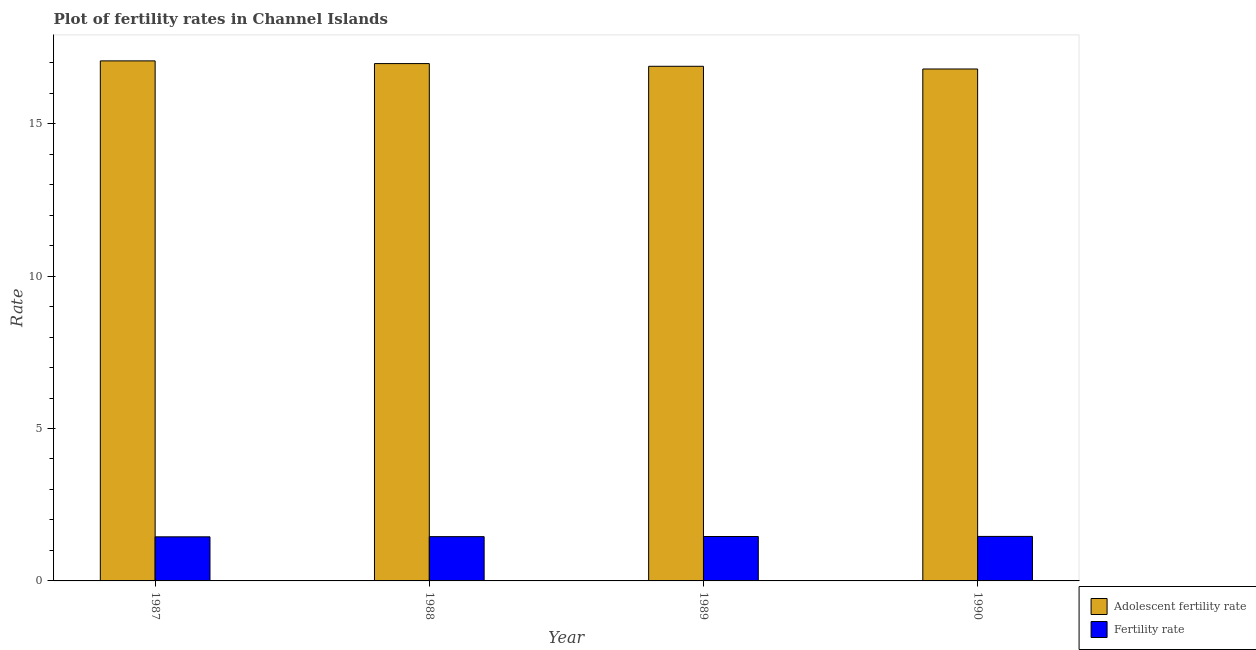
| Year | Adolescent fertility rate | Fertility rate |
 | --- | --- | --- |
 | 1987 | 17.1 | 1.45 |
 | 1988 | 17 | 1.45 |
 | 1989 | 16.9 | 1.46 |
 | 1990 | 16.8 | 1.46 |